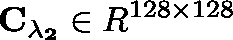
\mathbf { C _ { \lambda _ { 2 } } } \in \mathbb { R } ^ { 1 2 8 \times 1 2 8 }